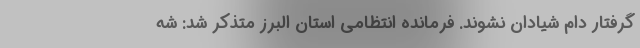
گرفتار دام شیادان نشوند. فرمانده انتظامی استان البرز متذکر شد: شه